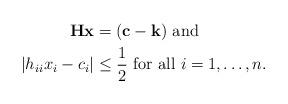
LaTeX: \begin{align*}\mathbf H \mathbf x &= (\mathbf c - \mathbf k) \textrm{\ and} \\ |h_{ii}x_i - c_i | &\leq \frac 1 2 \textrm{ for all $i=1, \ldots, n$}.\end{align*}